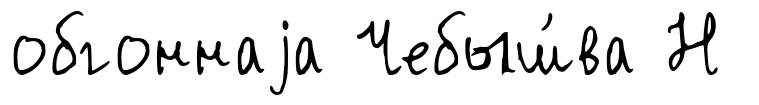
обгоннаjа Чебыш́ва Н